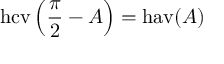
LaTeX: \operatorname { h c v } \left( { \frac { \pi } { 2 } } - A \right) = \operatorname { h a v } ( A )